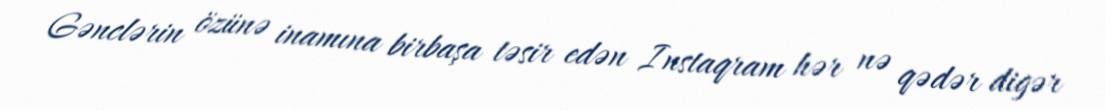
Gənclərin özünə inamına birbaşa təsir edən Instaqram hər nə qədər digər